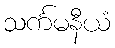
သင်္ကမနီယံ